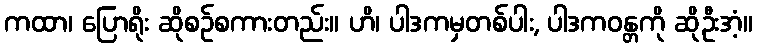
ကထာ၊ ပြောရိုး ဆိုစဉ်စကားတည်း။ ဟိ၊ ပါဒကမှတစ်ပါး, ပါဒကဝန္တကို ဆိုဦးအံ့။